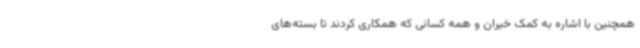
همچنین با اشاره به کمک خیران و همه کسانی که همکاری کردند تا بسته‌های